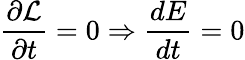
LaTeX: \frac{\partial\cal L}{\partial t}=0\Rightarrow\frac{dE}{dt}=0